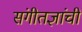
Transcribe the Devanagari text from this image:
संगीतज्ञांची